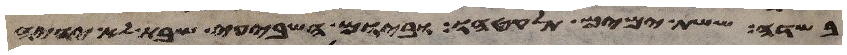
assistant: בשדה ששת ימים תלקטהו וביום השביעי שבת לא יהיה